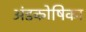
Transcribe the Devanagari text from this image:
अंडकोषिका